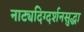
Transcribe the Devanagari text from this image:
नाट्यदिग्दर्शनसुद्धा